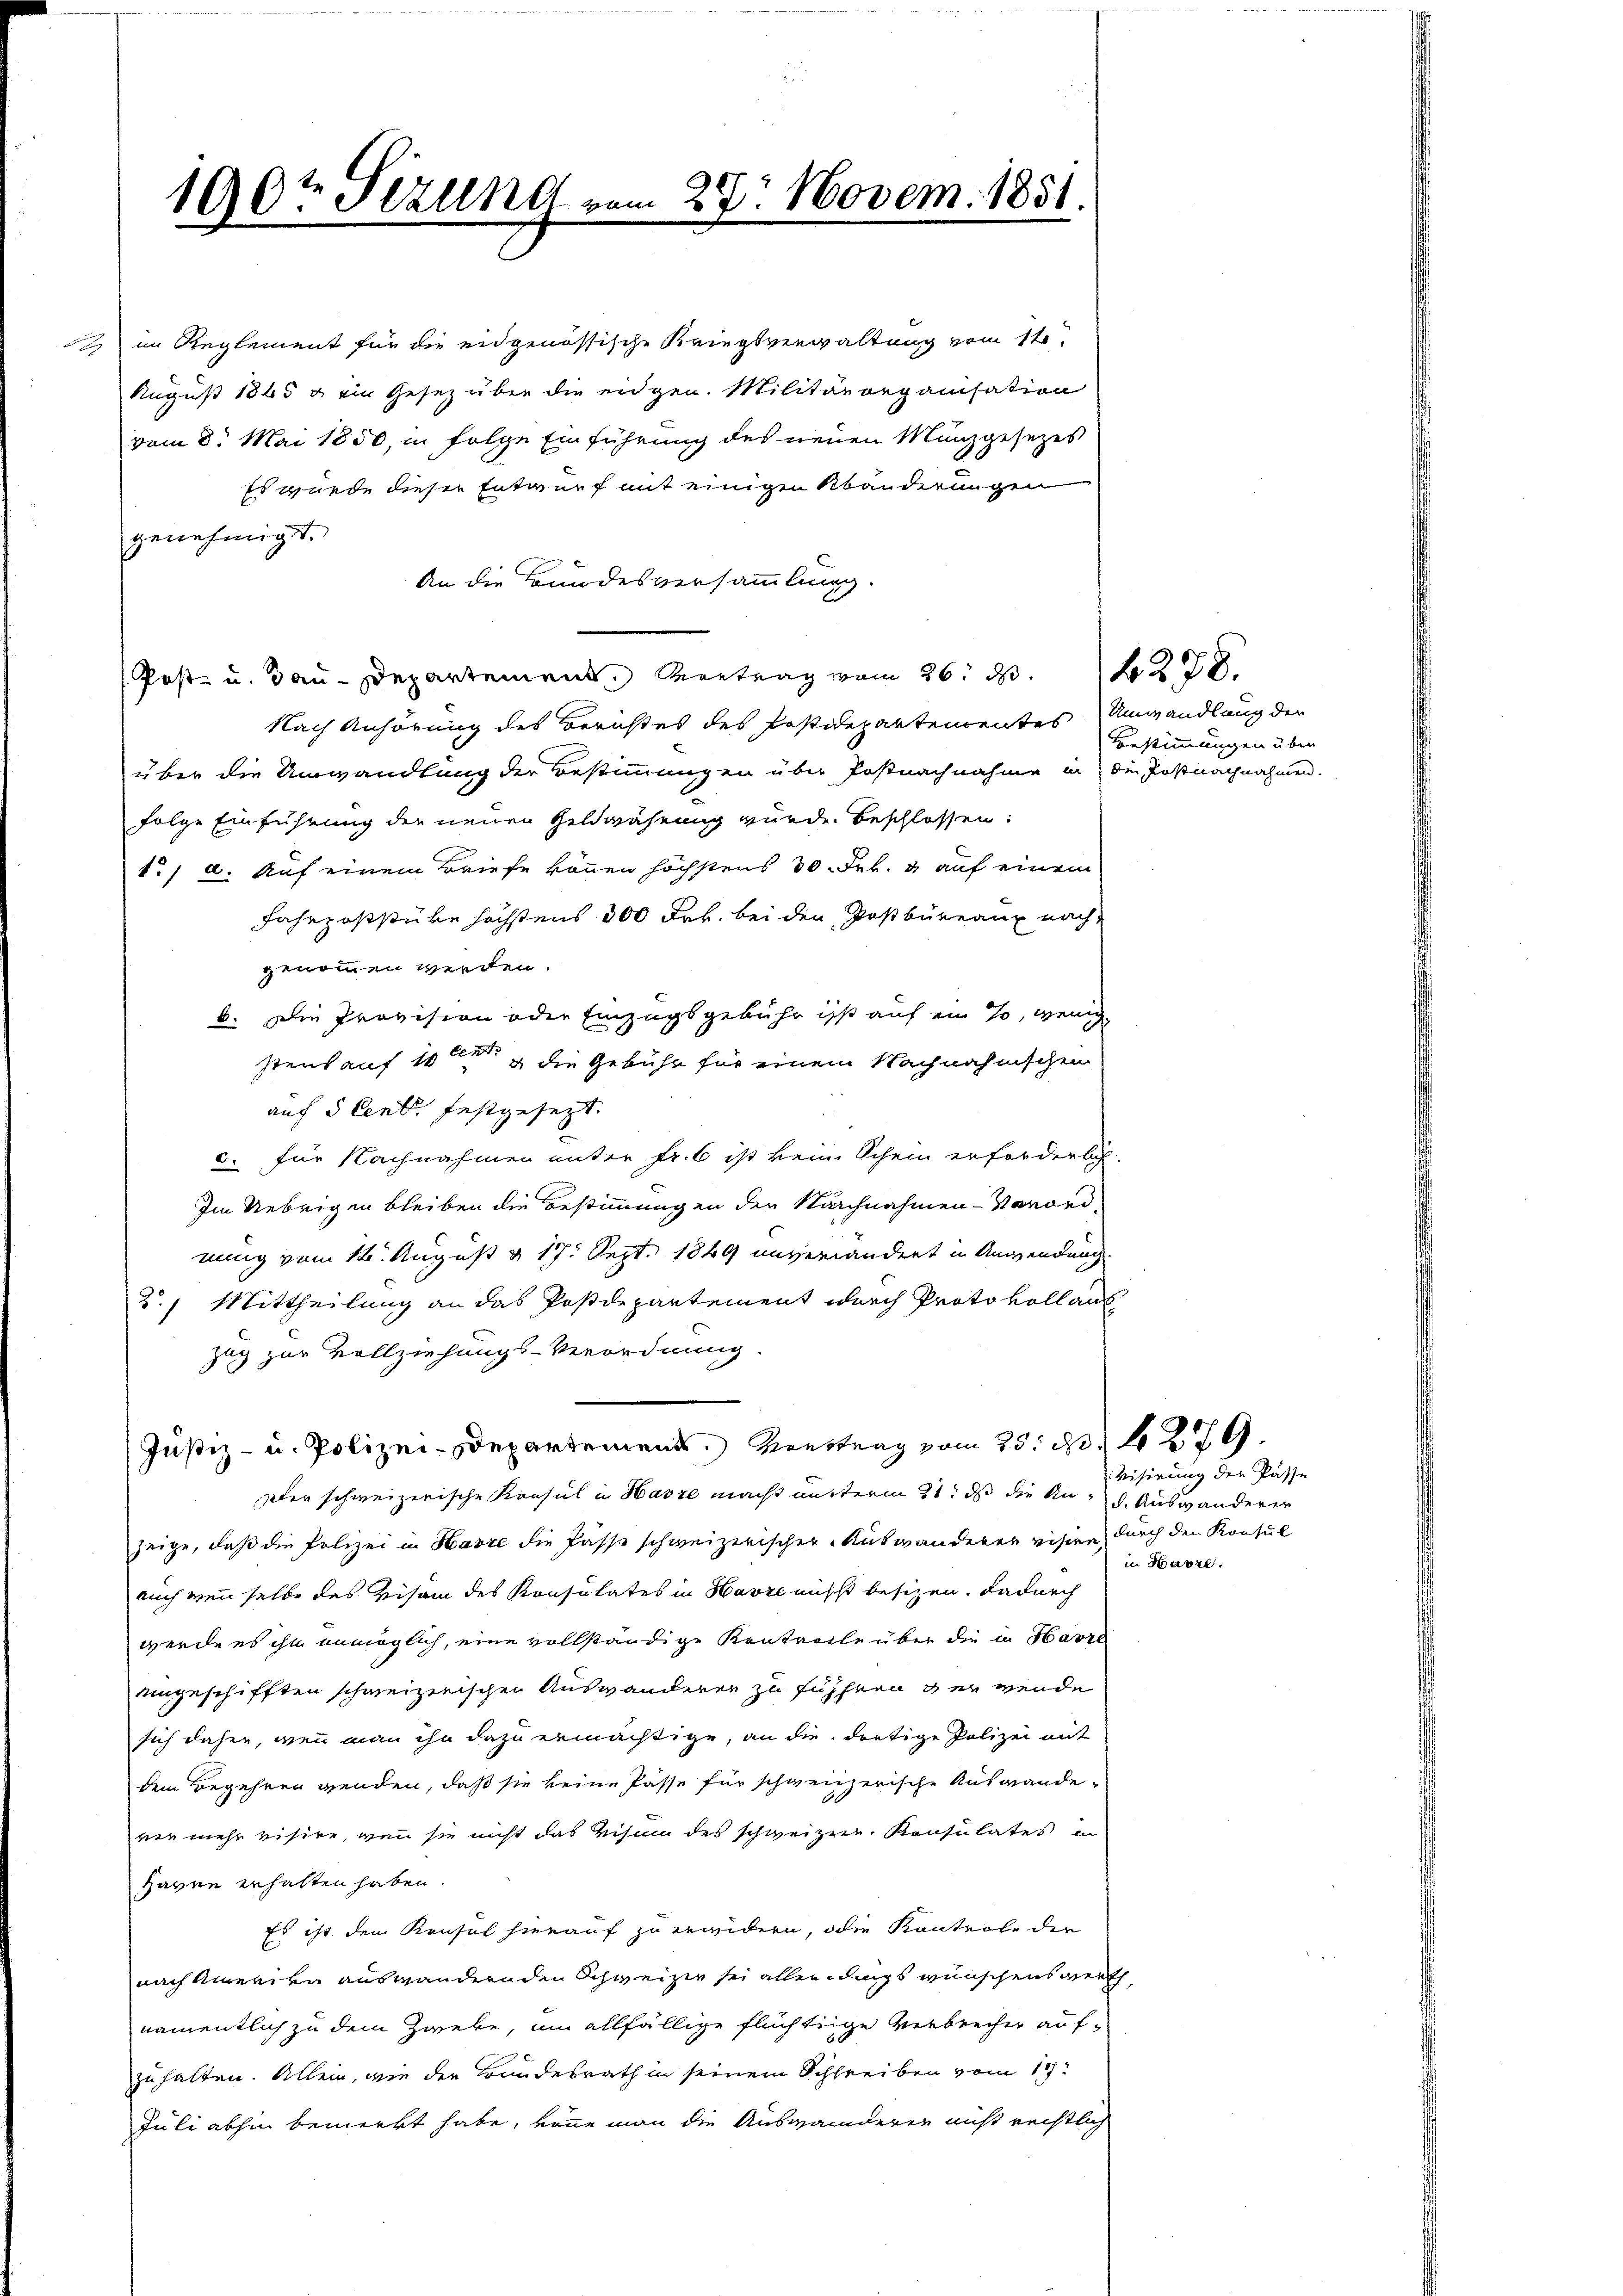
100t Sezung vom 27. Novem. 1851.

im Reglement für die eidgenössische Kriegsverwaltung vom 14.
August 1845 u. ein Gesez über die eidgen. Militärorganisation
vom 8. Mai 1850, in folge Einführung des neuen Manzgesezes
Es wurde dieser Entwurf mit einigen Abänderungen
genehmigt.
An die Bundesversammlung.
(Post- u. Bau-Departement Vertrag vom 26. d. 228.
Nach Anhörung des Berichtes des Postidepartementes Umwandlung der
über die Umwandlung der Bestimmungen über Postnachnahme in die Postnachnahmen.
folge Einführung der neuen Geldwährung wurde beschlossen:
1./ d. Auf einem Briefe können höchstens 30 Frk. 3 auf einem
Fahrposstücke höchstens 300 Frk. bei den Postbüreaux nach
genommen werden.
b. Die Provision oder Einzugsgebühr ist auf ein so, wenig
stens auf 10 ten die Gebühr für einem Nachnahmschen
auf 5 Cent festgesezt.
c. für Nachnahmen unter Fr. 6 ist kein Schein erforderlich.
Im Uebrigen bleiben die Bestimmungen den Nachnahmen - Vorordnung vom 12. August v. 17. Sept. 1849 unverändert in Anwendung.
2.) Mittheilung an das Postdepartement durch Protokoll ant
zug zur Vollziehungs-Verordnung.
Justiz- u. Polizei-Departement. Vorstrag vom 25. d. 1379.
ater schweizerische Konsul in Harze macht unterm 21. ds die And. Auswanderer
zeige, daß die Polizei in Havre die Pässe schweizerischen Auswanderer visire, durch den Konsul
auch wenn selbe des Beisam des Konsulates in Havre nicht besitzen. Dadurch
werde es ihn unmöglich, eine vollständige Kontrache über die in Havre
eingeschifften schweizerischen Auswanderen zu führen der werde
sich daher, wenn man ihn dazu ermächtige, an die dortige Polizei mit
dem Begehren wenden, daß sie keine Pässe für schweizerische Auswandever mehr visire, wenn sie nicht das Visum des schweizer. Konsulates in
Haven erhalten haben.
Es ist dem Konsul hierauf zu erwidern, oder Kontrole der
nach Amerika auswandernden Schweizer sei allerdings wünschenswerth
namentlich zu dem Zweke, um allfällige flüchtige Verbrecher auf-
zuhalten. Allein, wie der Bundesrath in seinem Schreiben vom 18t
Juli abhin bemerkt habe, könne man die Auswanderen nicht rechtlich

Bestimmungen über

Visirung der Pässe
in Havre.